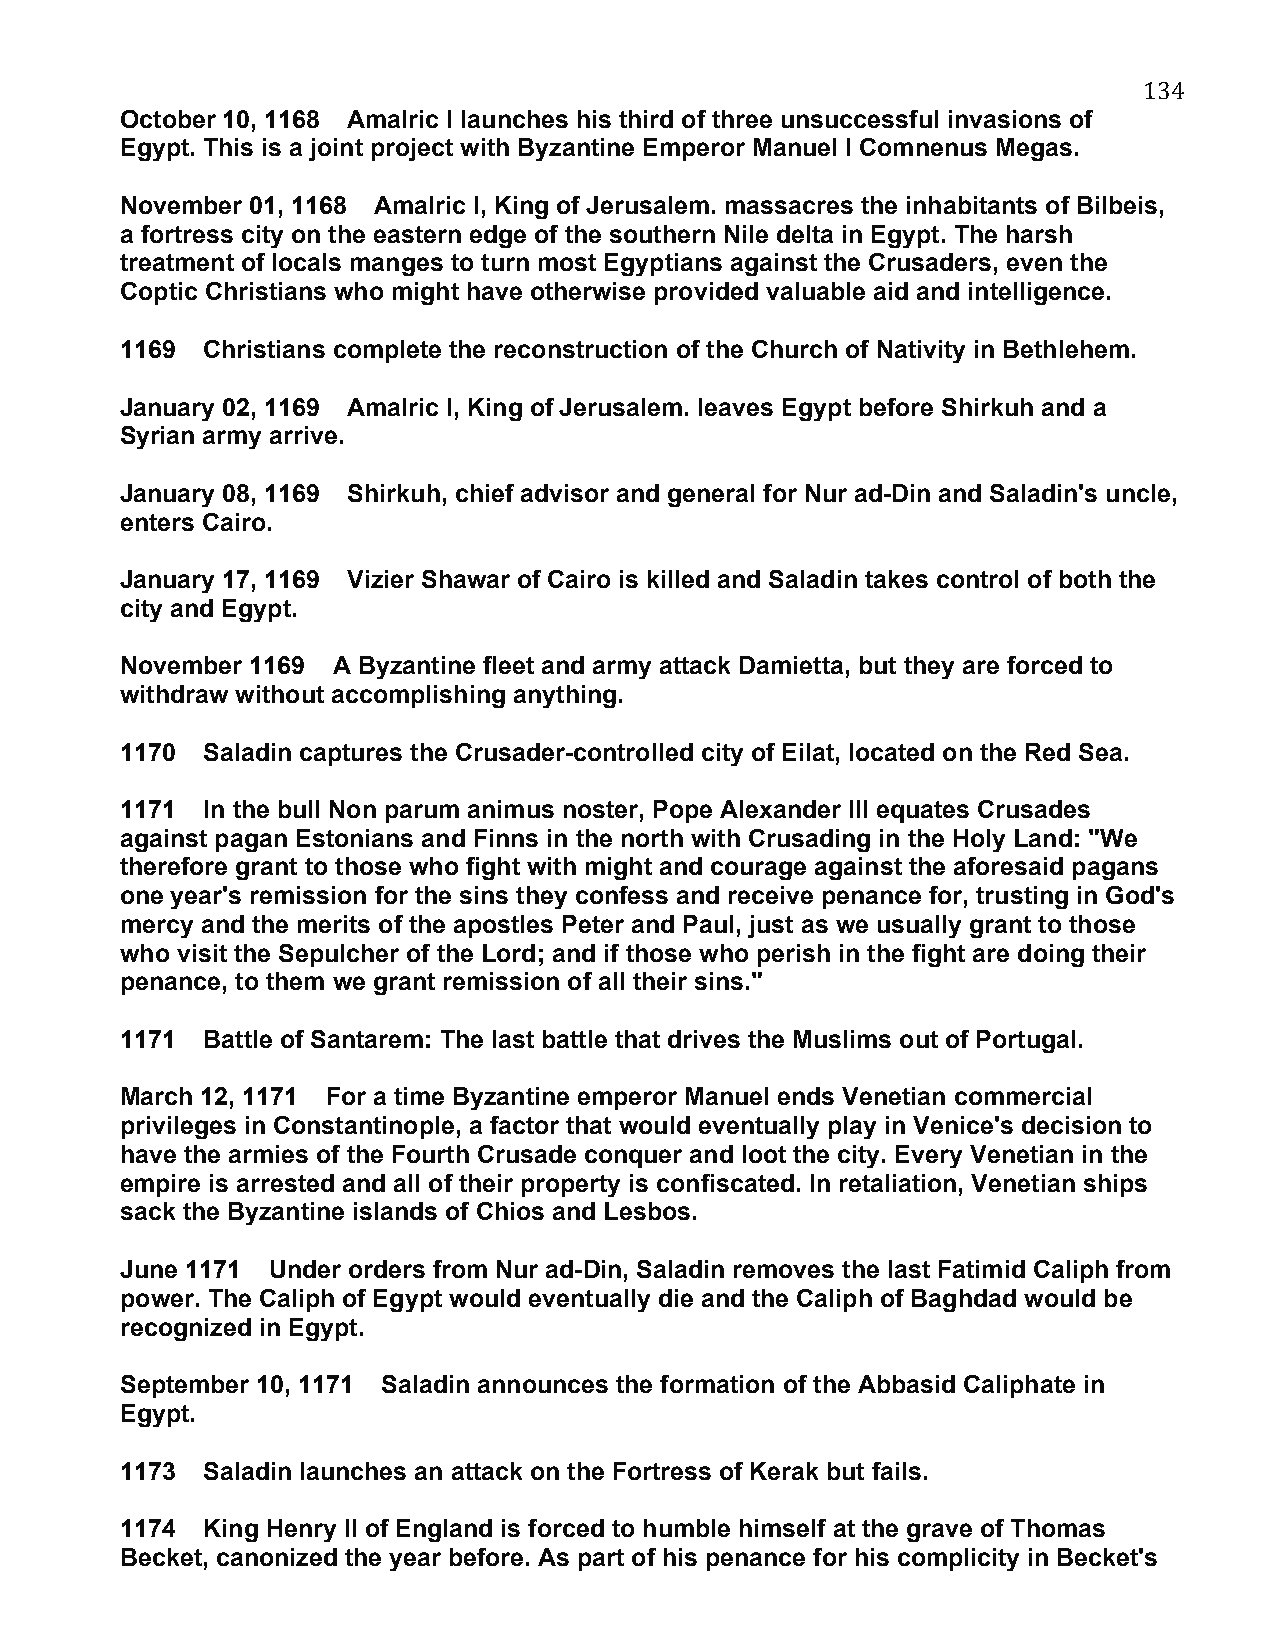
134
 October 10, 1168 Amalric I launches his third of three unsuccessful invasions of
 Egypt. This is a joint project with Byzantine Emperor Manuel I Comnenus Megas.
 November 01, 1168 Amalric I, King of Jerusalem. massacres the inhabitants of Bilbeis,
 a fortress city on the eastern edge of the southern Nile delta in Egypt. The harsh
 treatment of locals manges to turn most Egyptians against the Crusaders, even the
 Coptic Christians who might have otherwise provided valuable aid and intelligence.
 1169 Christians complete the reconstruction of the Church of Nativity in Bethlehem.
 January 02, 1169 Amalric I, King of Jerusalem. leaves Egypt before Shirkuh and a
 Syrian army arrive.
 January 08, 1169 Shirkuh, chief advisor and general for Nur ad-Din and Saladin's uncle,
 enters Cairo.
 January 17, 1169 Vizier Shawar of Cairo is killed and Saladin takes control of both the
 city and Egypt.
 November 1169 A Byzantine fleet and army attack Damietta, but they are forced to
 withdraw without accomplishing anything.
 1170 Saladin captures the Crusader-controlled city of Eilat, located on the Red Sea.
 1171 In the bull Non parum animus noster, Pope Alexander III equates Crusades
 against pagan Estonians and Finns in the north with Crusading in the Holy Land: "We
 therefore grant to those who fight with might and courage against the aforesaid pagans
 one year's remission for the sins they confess and receive penance for, trusting in God's
 mercy and the merits of the apostles Peter and Paul, just as we usually grant to those
 who visit the Sepulcher of the Lord; and if those who perish in the fight are doing their
 penance, to them we grant remission of all their sins."
 1171 Battle of Santarem: The last battle that drives the Muslims out of Portugal.
 March 12, 1171 For a time Byzantine emperor Manuel ends Venetian commercial
 privileges in Constantinople, a factor that would eventually play in Venice's decision to
 have the armies of the Fourth Crusade conquer and loot the city. Every Venetian in the
 empire is arrested and all of their property is confiscated. In retaliation, Venetian ships
 sack the Byzantine islands of Chios and Lesbos.
 June 1171 Under orders from Nur ad-Din, Saladin removes the last Fatimid Caliph from
 power. The Caliph of Egypt would eventually die and the Caliph of Baghdad would be
 recognized in Egypt.
 September 10, 1171 Saladin announces the formation of the Abbasid Caliphate in
 Egypt.
 1173 Saladin launches an attack on the Fortress of Kerak but fails.
 1174 King Henry II of England is forced to humble himself at the grave of Thomas
 Becket, canonized the year before. As part of his penance for his complicity in Becket's